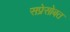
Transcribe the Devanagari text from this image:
सप्रेसोबत